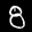
Digit: 8